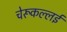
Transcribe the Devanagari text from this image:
चेरूकल्लई